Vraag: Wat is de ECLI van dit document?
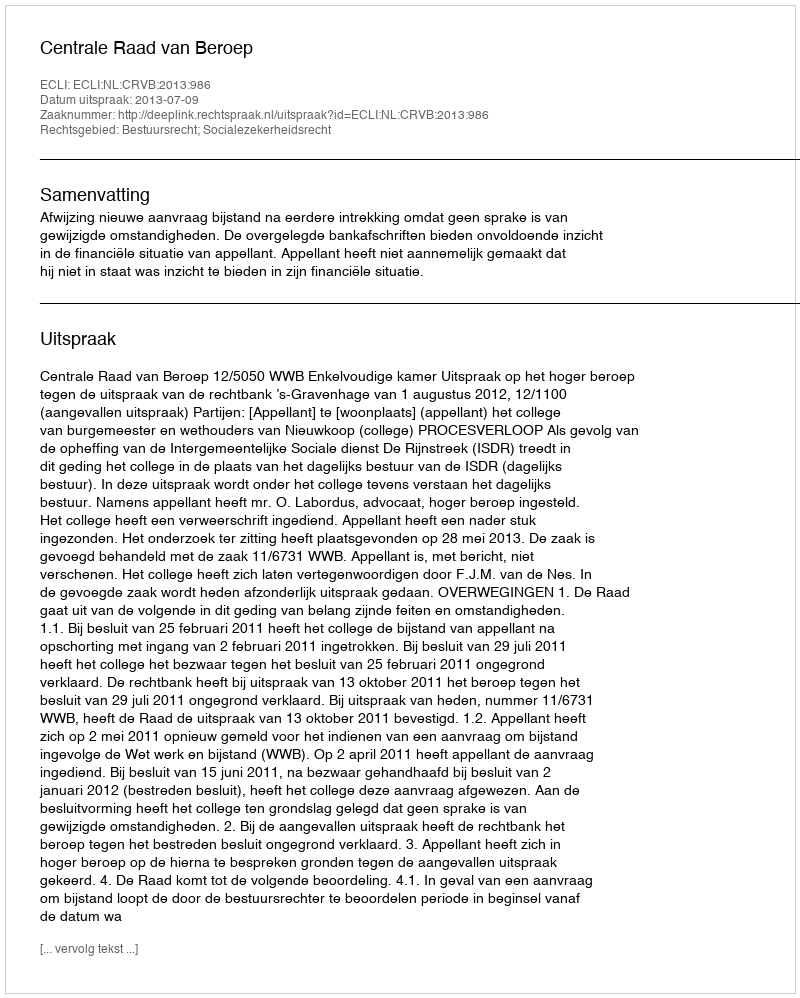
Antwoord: ECLI:NL:CRVB:2013:986